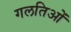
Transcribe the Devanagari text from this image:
गलतिओं